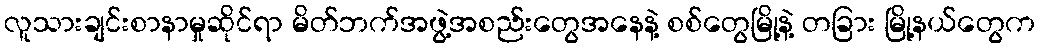
လူသားချင်းစာနာမှုဆိုင်ရာ မိတ်ဘက်အဖွဲ့အစည်းတွေအနေနဲ့ စစ်တွေမြို့နဲ့ တခြား မြို့နယ်တွေက